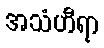
အသံဟီရာ